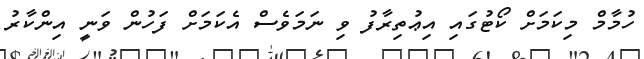
ހުމާމް މިކަމަށް ކޯޓުގައި އިޢުތިރާފު ވި ނަމަވެސް އެކަމަށް ފަހުން ވަނީ އިންކާރު